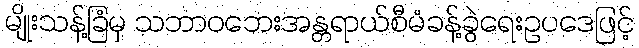
မျိုးသန့်ခြံမှ သဘာဝဘေးအန္တရာယ်စီမံခန့်ခွဲရေးဥပဒေဖြင့်